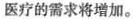
医疗的需求将增加。